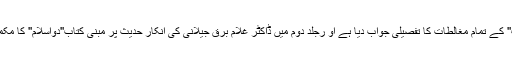
جلد اول میں ''مقام حدیث'' کے تمام مغالطات کا تفصیلی جواب دیا ہے او رجلد دوم میں ڈاکٹر غلام برق جیلانی کی انکار حدیث پر مبنی کتاب''دواسلام'' کا مکمل جواب تحریر کیا ہے۔